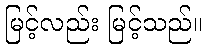
မြင့်လည်း မြင့်သည်။